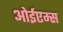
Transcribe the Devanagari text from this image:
ओईएम्स